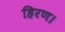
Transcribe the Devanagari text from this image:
हिरण।